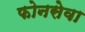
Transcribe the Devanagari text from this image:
फोनसेवा